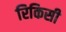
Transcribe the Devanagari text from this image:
रिकिसी